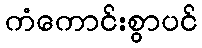
ကံကောင်းစွာပင်